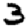
Digit: 3